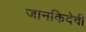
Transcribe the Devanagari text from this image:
जानकिदेवी